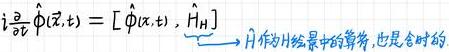
$i \frac{\partial}{\partial t} \hat{\phi}(\vec{x}, t)=[\hat{\phi}(\vec{x}, t), \hat{H}] $H为H绘景中的算符,也是含时的